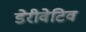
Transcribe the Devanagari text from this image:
डेरीवेटिव